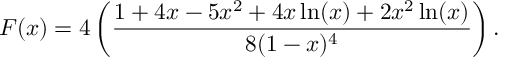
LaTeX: F ( x ) = 4 \left( \frac { 1 + 4 x - 5 x ^ { 2 } + 4 x \ln ( x ) + 2 x ^ { 2 } \ln ( x ) } { 8 ( 1 - x ) ^ { 4 } } \right) .